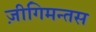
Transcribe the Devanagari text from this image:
ज़ीगिमन्तस